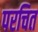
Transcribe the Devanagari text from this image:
परचित